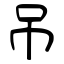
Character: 吊